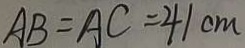
A B = A C = 4 1 c m